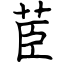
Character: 茞